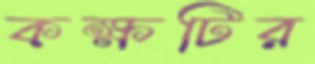
কক্ষটির